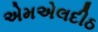
એમએલદીઠ